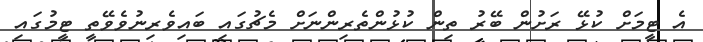
އެ ޓީމަށް ކުޅޭ ރަށުން ބޭރު ތިން ކުޅުންތެރިންނަށް މެޗުގައި ބައިވެރިނުވެވޭތީ ޓީމުގައި